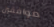
موافقين